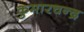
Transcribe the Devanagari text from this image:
कुमारचन्द्र